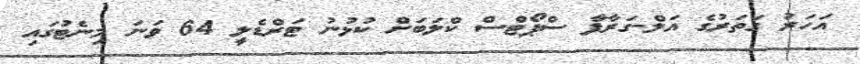
އަހަރު ގަތަރުގެ އަލް-ގަރާފާ ސްޕޯޓްސް ކްލަބަށް ކުޅުނު ޓަރްޑެލީ 64 ވަނަ މިނެޓުގައި